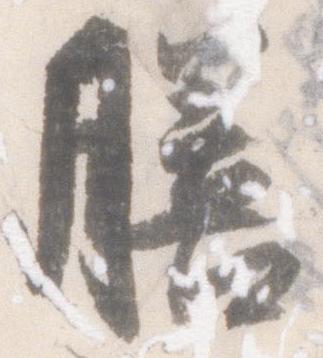
膳